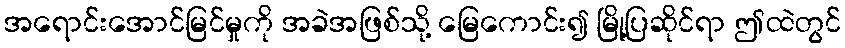
အရောင်းအောင်မြင်မှုကို အခဲအဖြစ်သို့ မြေကောင်း၍ မြို့ပြဆိုင်ရာ ဤထဲတွင်